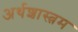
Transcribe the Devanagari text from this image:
अर्थशास्त्रम